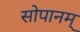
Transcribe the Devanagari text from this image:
सोपानम्